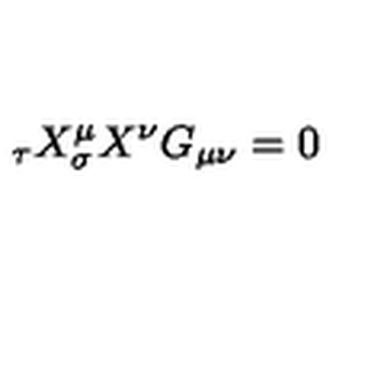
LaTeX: \do _ { \tau } X ^ { \mu } \do _ { \sigma } X ^ { \nu } G _ { \mu \nu } = 0